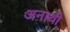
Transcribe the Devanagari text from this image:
अनाथो